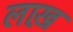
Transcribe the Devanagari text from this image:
लाख़